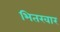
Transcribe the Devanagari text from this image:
भितरवार